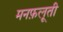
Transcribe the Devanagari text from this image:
मनफ़लूती